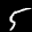
Label: 5